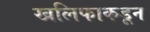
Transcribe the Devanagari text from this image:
खलिफाकडून